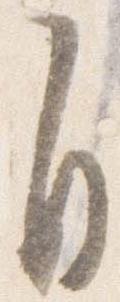
自